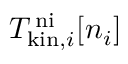
T _ { \mathrm { k i n } , i } ^ { \mathrm { \, n i } } [ n _ { i } ]